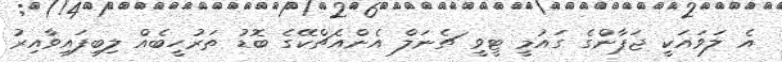
އެ ލަވައަކީ ޖަޕާންގެ ގައުމީ ޓީވީ ޗެނަލް އެންއެޗްކޭގެ ބޮޑު ތަރުހީބެއް ލިބިފައިވާއިރު